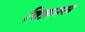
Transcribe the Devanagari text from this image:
विक़रुल